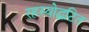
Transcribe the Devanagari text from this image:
रहस्योद्घटित